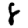
Digit: 8